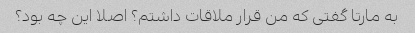
به مارتا گفتی که من قرار ملاقات داشتم؟ اصلا این چه بود؟